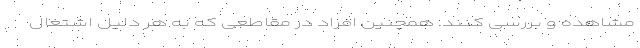
مشاهده و بررسی کنند. همچنین افراد در مقاطعی که به هر دلیل اشتغال